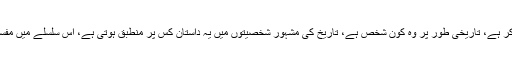
جس ذوالقرنین کا قرآن میں ذکر ہے، تاریخی طور پر وہ کون شخص ہے، تاریخ کی مشہور شخصیتوں میں یہ داستان کس پر منطبق ہوتی ہے، اس سلسلے میں مفسرین کے درمیان اختلاف ہے۔